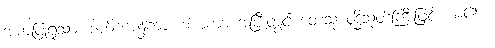
အကပြုရုံသာ၊ ဒါယိကာ၌ကား ဒါယကာ အပြီးတွင် တေသု ဝုဒ္ဓိသုတ်ကြီးဖြင့် ယ၏ ၊